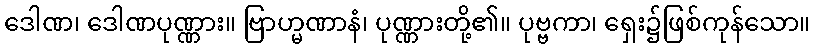
ဒေါဏ၊ ဒေါဏပုဏ္ဏား။ ဗြာဟ္မဏာနံ၊ ပုဏ္ဏားတို့၏။ ပုဗ္ဗကာ၊ ရှေး၌ဖြစ်ကုန်သော။